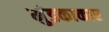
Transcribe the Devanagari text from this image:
मुंडकाकार